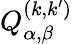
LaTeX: Q_{\alpha,\beta}^{(k,k^{\prime})}